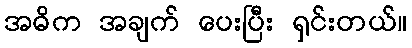
အဓိက အချက် ပေးပြီး ရှင်းတယ်။